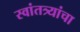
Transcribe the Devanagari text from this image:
स्वांतत्र्यांचा